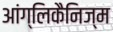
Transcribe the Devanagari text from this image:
आंग्लिकैनिज्म